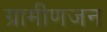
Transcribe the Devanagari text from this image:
ग्रामीणजन